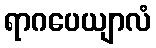
ရာဂပေယျာလံ